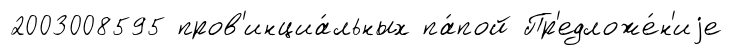
2003008595 пров'инциа́льных па́пой Пр'едложе́н'иjе